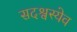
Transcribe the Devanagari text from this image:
सदश्वस्येव